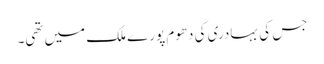
جس کی بہادری کی دھوم پورے ملک میں تھی۔